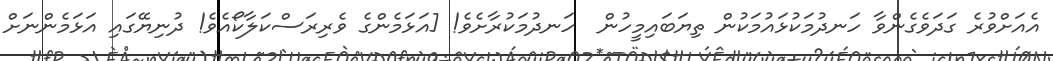
އެއަށްވުރެ ގަދަވެގެންވާ ހަނދުމަކުޅައުމަކުން ތިޔަބައިމީހުން  ހަނދުމަކުރާށެވެ! [އަޅަމެންގެ ވެރިރަސްކަލާކޯއެވެ! ދުނިޔޭގައި އަޅަމެންނަށް